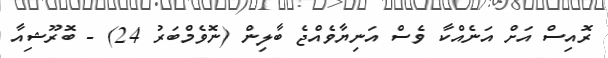
ރޮއިސް އަށް އަނެއްކާ ވެސް އަނިޔާވެއްޖެ ބާލިން (ނޮވެމްބަރު 24) - ބޮރޫޝިއާ